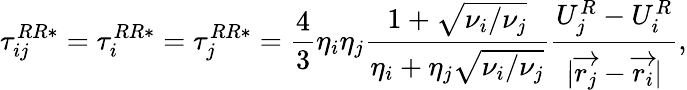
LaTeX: \tau_{ij}^{RR*}=\tau_{i}^{RR*}=\tau_{j}^{RR*}=\frac{4}{3}\eta_{i}\eta_{j}\frac{1+\sqrt{\nu_{i}/\nu_{j}}}{\eta_{i}+\eta_{j}\sqrt{\nu_{i}/\nu_{j}}}\frac{U_{j}^{R}-U_{i}^{R}}{|\overrightarrow{r_{j}}-\overrightarrow{r_{i}}|},